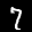
Label: 7